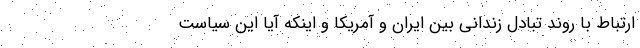
ارتباط با روند تبادل زندانی بین ایران و آمریکا و اینکه آیا این سیاست